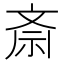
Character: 斎